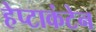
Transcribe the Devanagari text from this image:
हेप्टाकंटेन